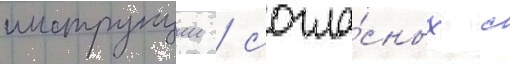
инструкции / согла́сных с